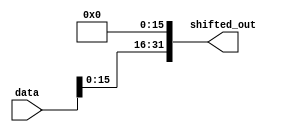
module left_barrel_16(
    output [31:0] shifted_out,
    input [31:0] data
);
    assign shifted_out[31:16] = data[15:0];
    assign shifted_out[15:0] = 1'b0;
endmodule